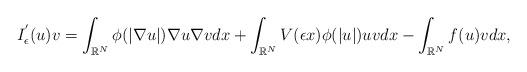
LaTeX: \begin{align*}I^{'}_{\epsilon}(u)v = \int_{\mathbb{R}^{N}}\phi(\vert\nabla u\vert)\nabla u \nabla vdx + \int_{\mathbb{R}^{N}}V(\epsilon x)\phi(\vert u\vert)uvdx - \int_{\mathbb{R}^{N}}f(u)vdx,\end{align*}